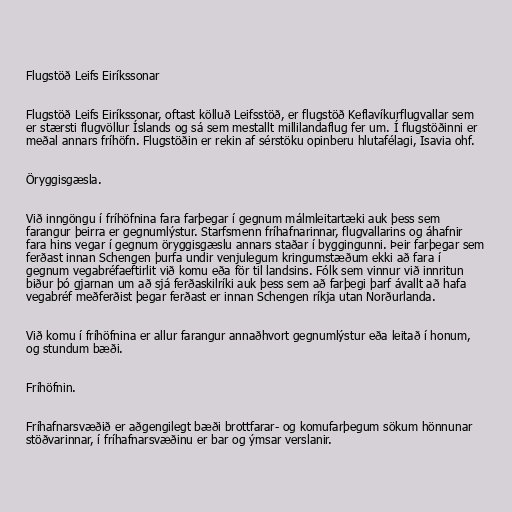
Flugstöð Leifs Eiríkssonar

Flugstöð Leifs Eiríkssonar, oftast kölluð Leifsstöð, er flugstöð Keflavíkurflugvallar sem
er stærsti flugvöllur Íslands og sá sem mestallt millilandaflug fer um. Í flugstöðinni er
meðal annars fríhöfn. Flugstöðin er rekin af sérstöku opinberu hlutafélagi, Isavia ohf.

Öryggisgæsla.

Við inngöngu í fríhöfnina fara farþegar í gegnum málmleitartæki auk þess sem
farangur þeirra er gegnumlýstur. Starfsmenn fríhafnarinnar, flugvallarins og áhafnir
fara hins vegar í gegnum öryggisgæslu annars staðar í byggingunni. Þeir farþegar sem
ferðast innan Schengen þurfa undir venjulegum kringumstæðum ekki að fara í
gegnum vegabréfaeftirlit við komu eða för til landsins. Fólk sem vinnur við innritun
biður þó gjarnan um að sjá ferðaskilríki auk þess sem að farþegi þarf ávallt að hafa
vegabréf meðferðist þegar ferðast er innan Schengen ríkja utan Norðurlanda.

Við komu í fríhöfnina er allur farangur annaðhvort gegnumlýstur eða leitað í honum,
og stundum bæði.

Fríhöfnin.

Fríhafnarsvæðið er aðgengilegt bæði brottfarar- og komufarþegum sökum hönnunar
stöðvarinnar, í fríhafnarsvæðinu er bar og ýmsar verslanir.